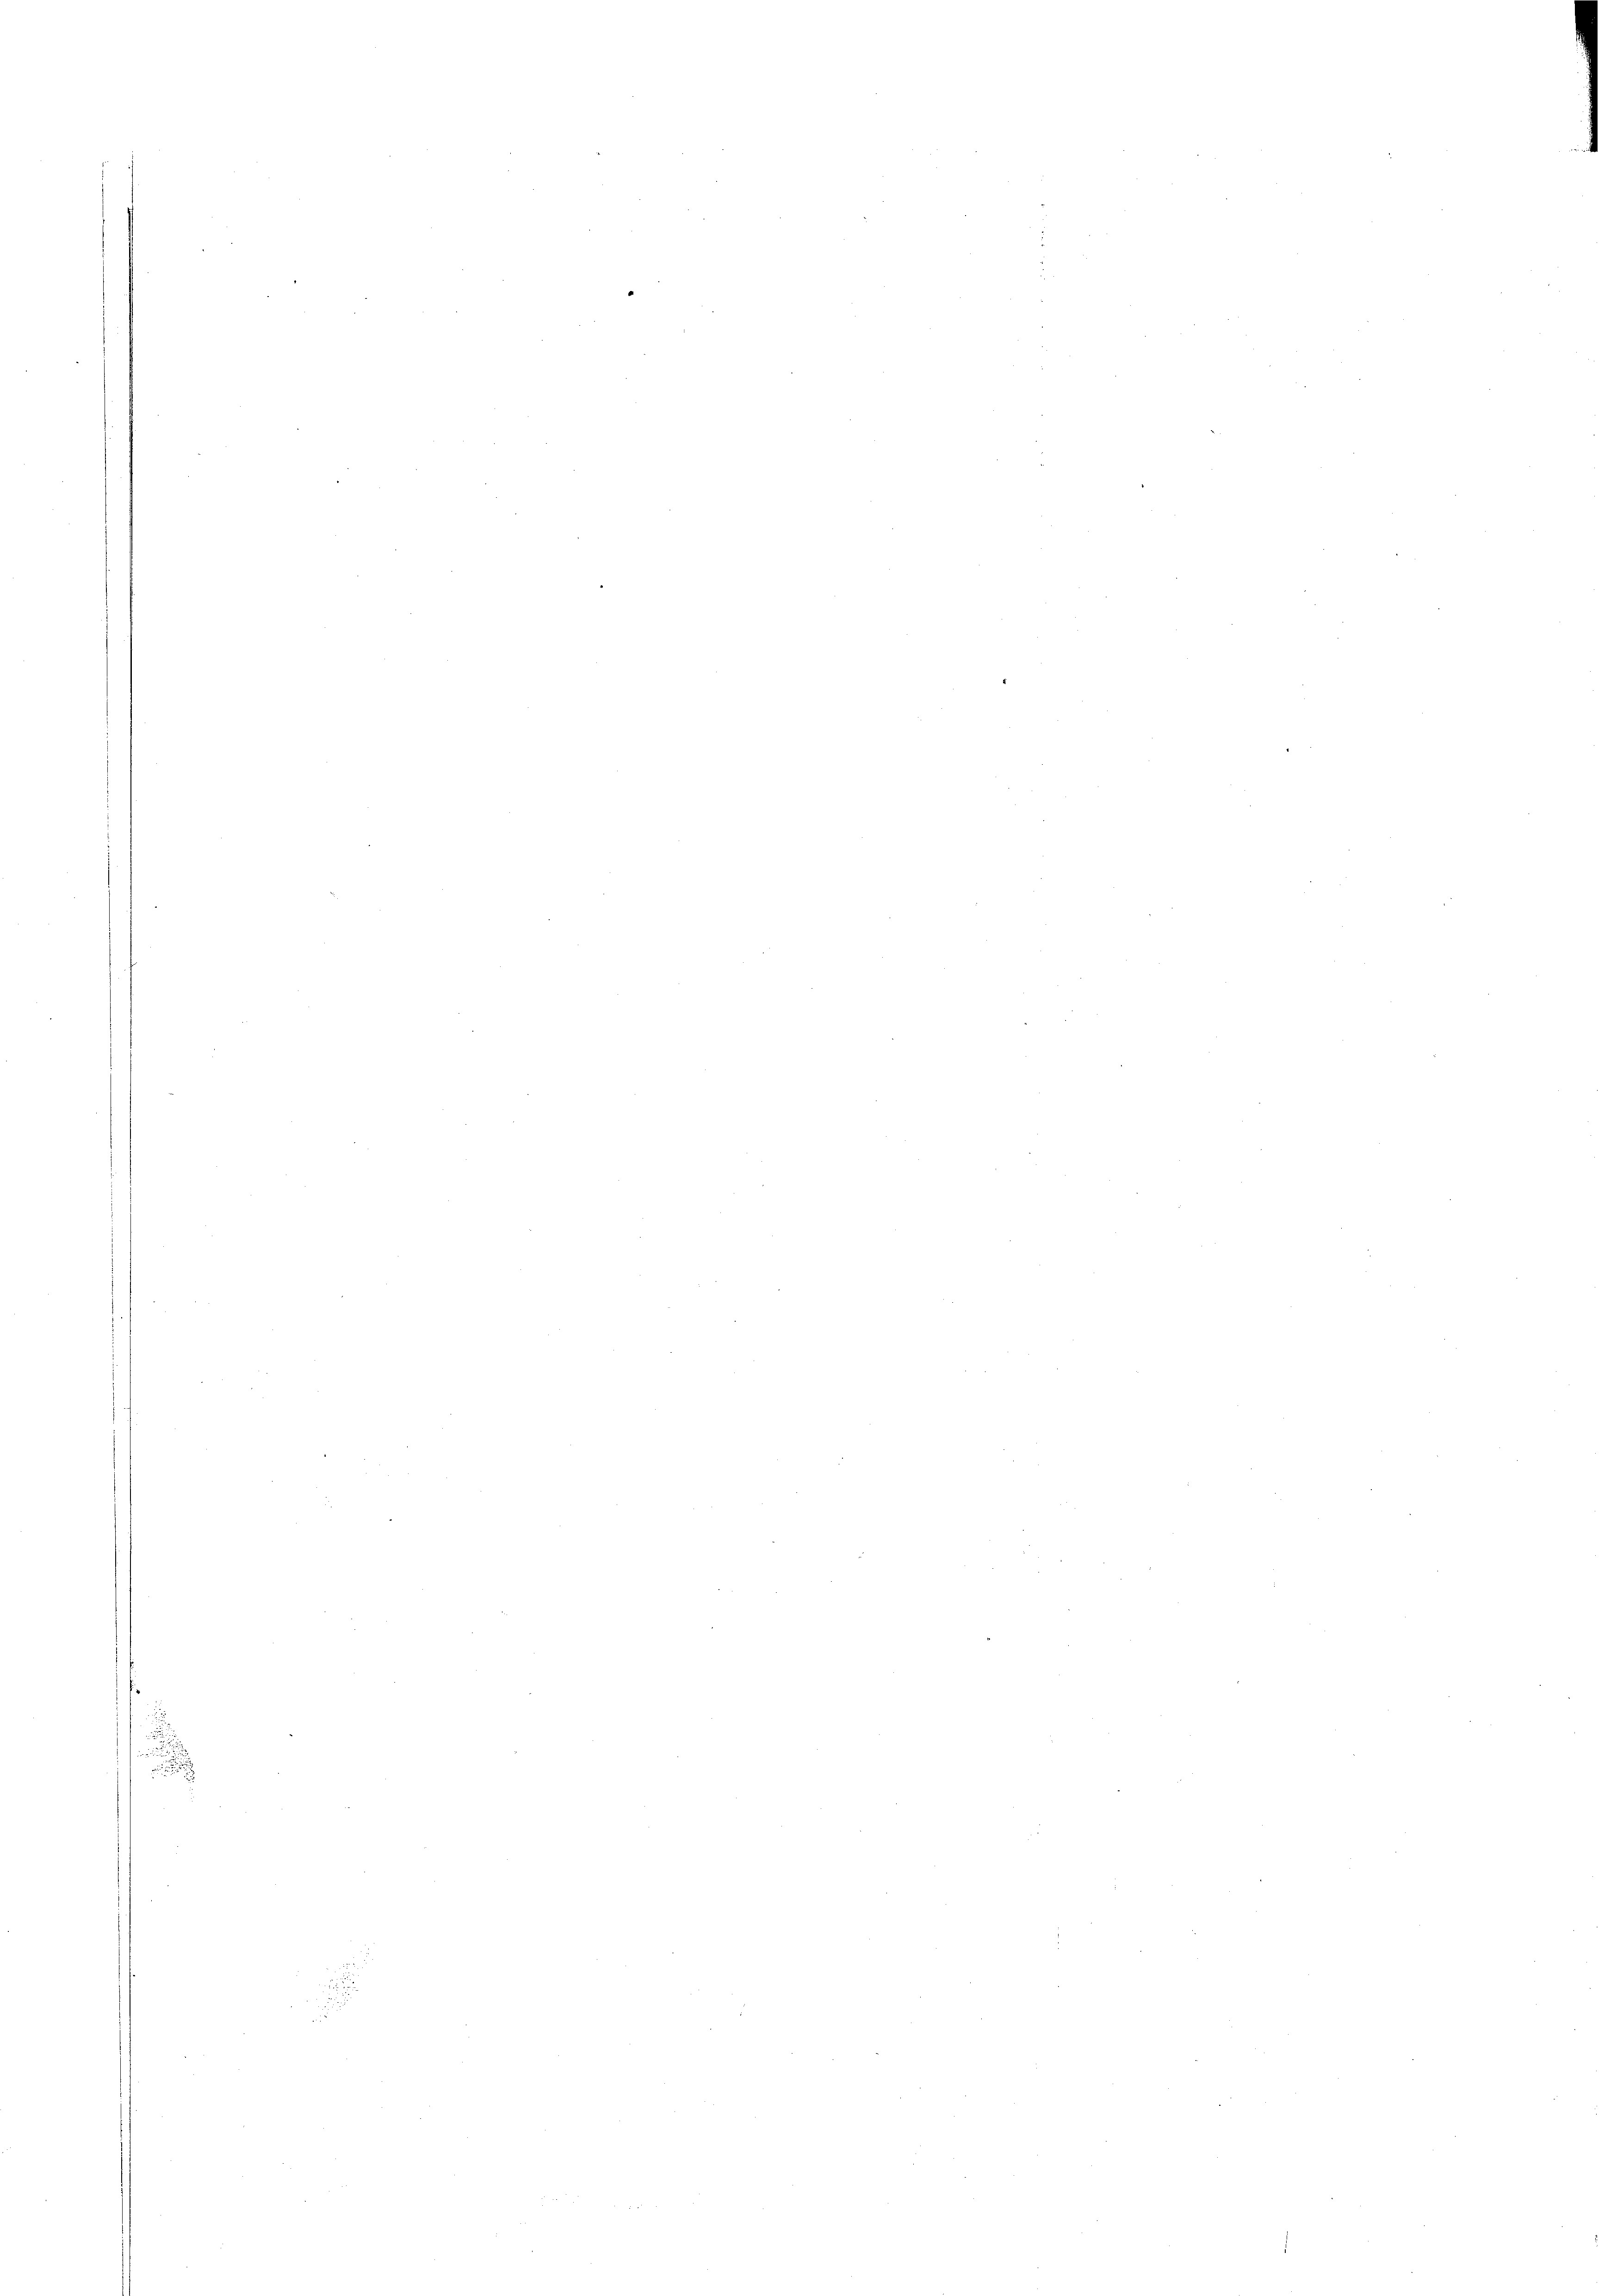
.